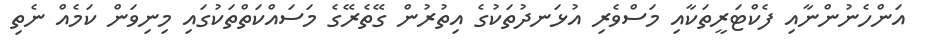
އަންހެނުންނާއި ފެކްޓަރީތަކާއި މަސްވެރި އުޅަނދުތަކުގެ އިތުރުން ގޭތެރޭގެ މަސައްކަތްތަކުގައި މިނިވަން ކަމެއް ނެތި